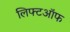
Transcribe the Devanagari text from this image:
लिफ्टऑफ